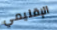
الإقليمي